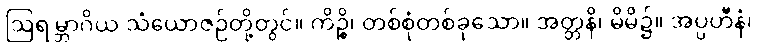
ဩရမ္ဘာဂိယ သံယောဇဉ်တို့တွင်။ ကိဉ္စိ၊ တစ်စုံတစ်ခုသော။ အတ္တနိ၊ မိမိ၌။ အပ္ပဟီနံ၊